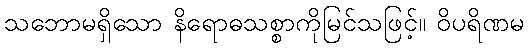
သဘောမရှိသော နိရောဓသစ္စာကိုမြင်သဖြင့်။ ဝိပရိဏမ